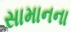
સામાનના